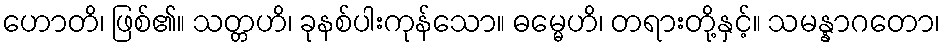
ဟောတိ၊ ဖြစ်၏။ သတ္တဟိ၊ ခုနစ်ပါးကုန်သော။ ဓမ္မေဟိ၊ တရားတို့နှင့်။ သမန္နာဂတော၊